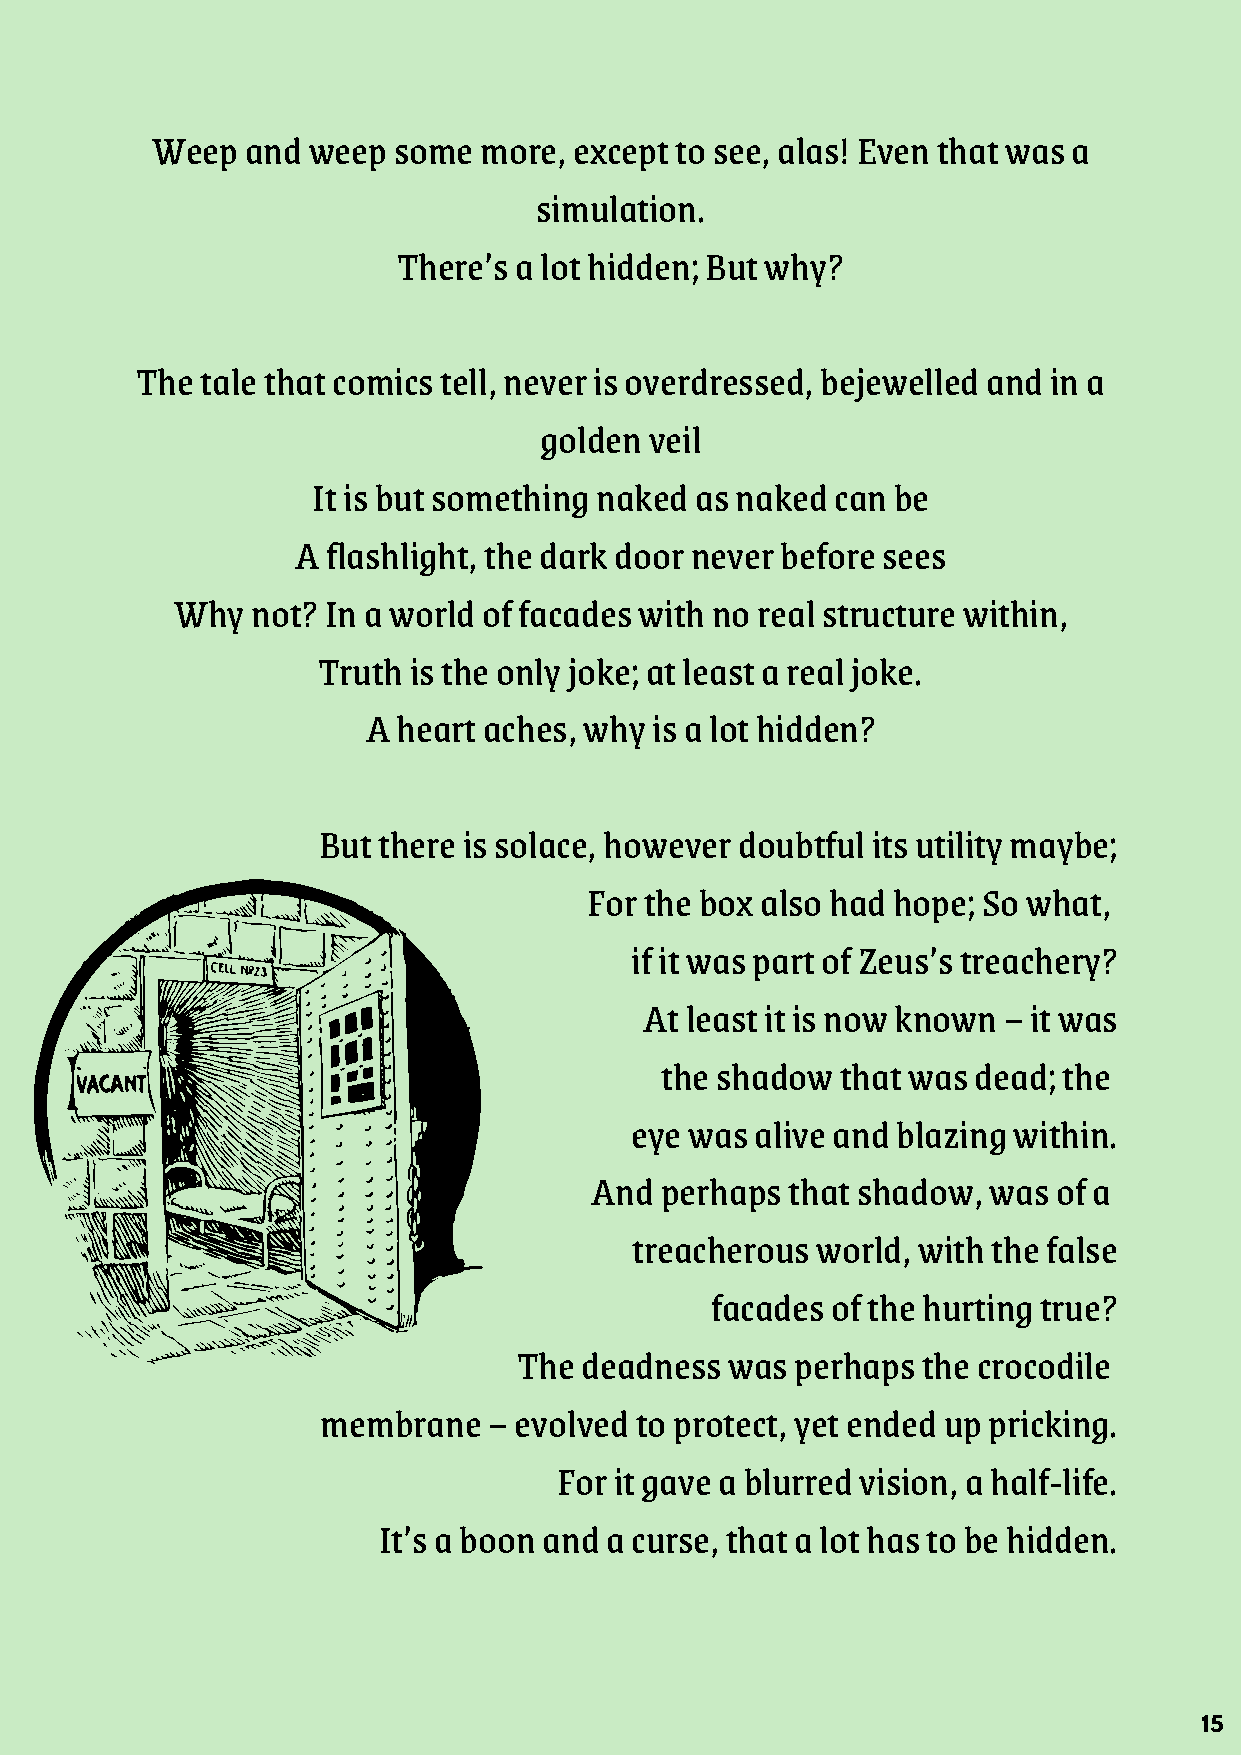
Weep  and weep  some  more, except to see, alas! Even that was a
 simulation.
 There’s a lot hidden; But why?
 The tale that comics tell, never is overdressed, bejewelled and in a
 golden veil
 It is but something naked as naked can be
 A flashlight, the dark door never before sees
 Why   not? In a world of facades with no real structure within,
 Truth is the only joke; at least a real joke.
 A heart aches, why is a lot hidden?
 But there is solace, however doubtful its utility maybe;
 For the box also had hope; So what,
 if it was part of Zeus’s treachery?
 At least it is now known – it was
 the shadow  that was dead; the
 eye was alive and blazing within.
 And  perhaps that shadow, was  of a
 treacherous world, with the false
 facades of the hurting true?
 The deadness  was  perhaps the crocodile
 membrane   – evolved to protect, yet ended up pricking.
 For it gave a blurred vision, a half-life.
 It’s a boon and a curse, that a lot has to be hidden.
 15